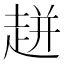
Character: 𧻓